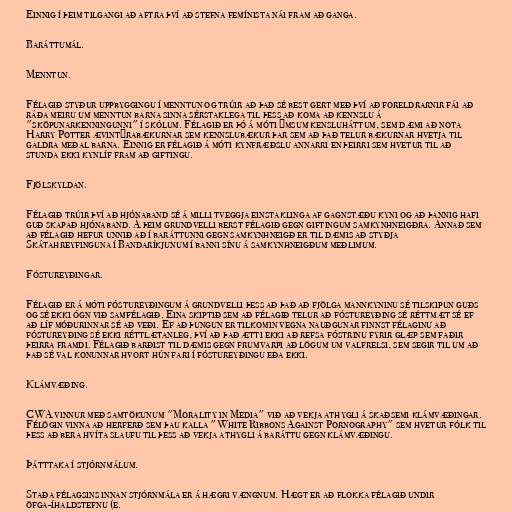
Einnig í þeim tilgangi að aftra því að stefna femínista nái fram að ganga.

Baráttumál.

Menntun.

Félagið styður uppbyggingu í menntun og trúir að það sé best gert með því að foreldrarnir fái að
ráða meiru um menntun barna sinna sérstaklega til þess að koma að kennslu á
"sköpunarkenningunni" í skólum. Félagið er þó á móti ýmsum kensluháttum, sem dæmi að nota
Harry Potter ævintýrabækurnar sem kennslubækur þar sem að það telur bækurnar hvetja til
galdra meðal barna. Einnig er félagið á móti kynfræðslu annarri en þeirri sem hvetur til að
stunda ekki kynlíf fram að giftingu.

Fjölskyldan.

Félagið trúir því að hjónaband sé á milli tveggja einstaklinga af gagnstæðu kyni og að þannig hafi
guð skapað hjónaband. Á þeim grundvelli berst félagið gegn giftingum samkynhneigðra. Annað sem
að félagið hefur unnið að í baráttunni gegn samkynhneigð er til dæmis að styðja
Skátahreyfinguna í Bandaríkjunum í banni sínu á samkynhneigðum meðlimum.

Fóstureyðingar.

Félagið er á móti fóstureyðingum á grundvelli þess að það að fjölga mannkyninu sé tilskipun guðs
og sé ekki ógn við samfélagið. Eina skiptið sem að félagið telur að fóstureyðing sé réttmæt sé ef
að líf móðurinnar sé að veði. Ef að þungun er tilkomin vegna nauðgunar finnst félaginu að
fóstureyðing sé ekki réttlætanleg, því að það ætti ekki að refsa fóstrinu fyrir glæp sem faðir
þeirra framdi. Félagið barðist til dæmis gegn frumvarpi að lögum um valfrelsi, sem segir til um að
það sé val konunnar hvort hún fari í fóstureyðingu eða ekki.

Klámvæðing.

CWA vinnur með samtökunum "Morality in Media" við að vekja athygli á skaðsemi klámvæðingar.
Félögin vinna að herferð sem þau kalla "White Ribbons Against Pornography" sem hvetur fólk til
þess að bera hvíta slaufu til þess að vekja athygli á baráttu gegn klámvæðingu.

Þátttaka í stjórnmálum.

Staða félagsins innan stjórnmála er á hægri vængnum. Hægt er að flokka félagið undir
öfga-íhaldstefnu (e.